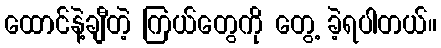
ထောင်နဲ့ချီတဲ့ ကြယ်တွေကို တွေ့ ခဲ့ရပါတယ်။